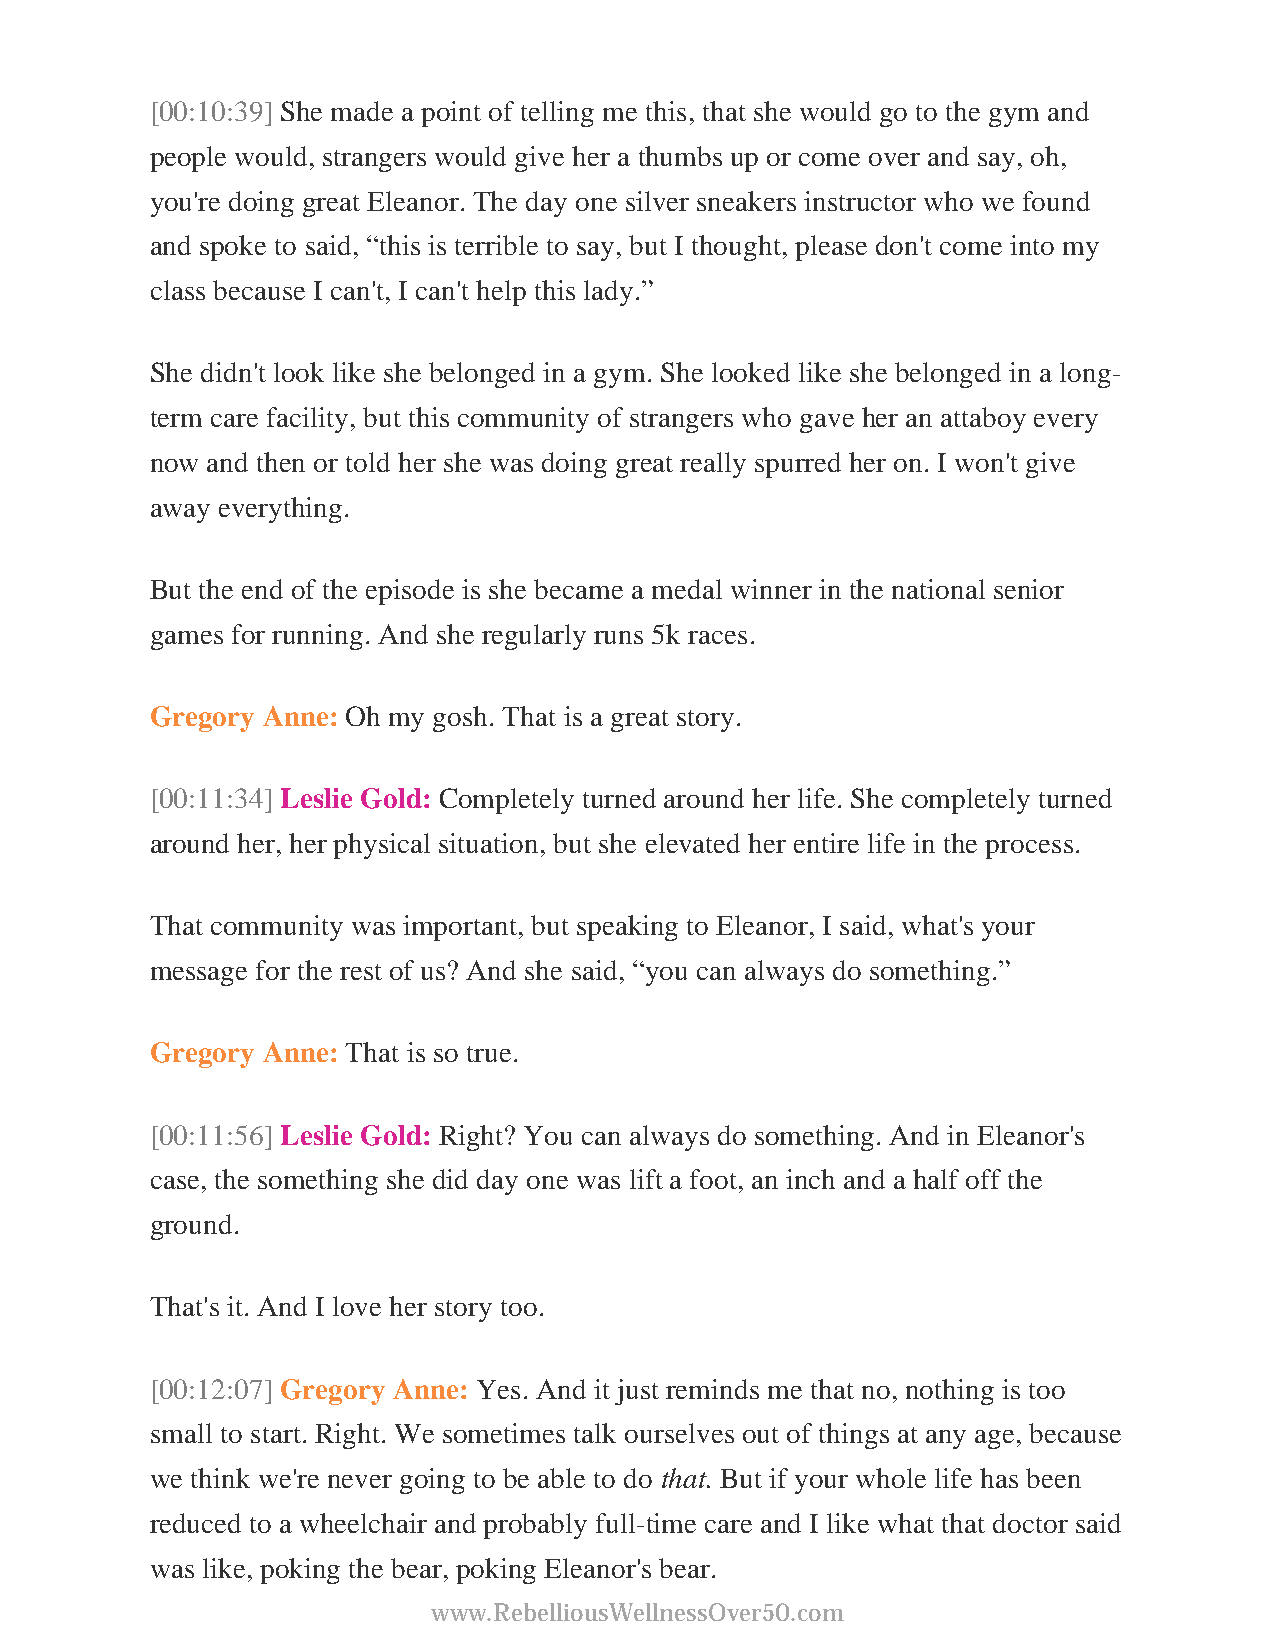
[00:10:39] She made a point of telling me this, that she would go to the gym and
 people would, strangers would give her a thumbs up or come over and say, oh,
 you're doing great Eleanor. The day one silver sneakers instructor who we found
 and spoke to said, “this is terrible to say, but I thought, please don't come into my
 class because I can't, I can't help this lady.”
 She didn't look like she belonged in a gym. She looked like she belonged in a long-
 term care facility, but this community of strangers who gave her an attaboy every
 now and then or told her she was doing great really spurred her on. I won't give
 away everything.
 But the end of the episode is she became a medal winner in the national senior
 games for running. And she regularly runs 5k races.
 Gregory Anne: Oh my gosh. That is a great story.
 [00:11:34] Leslie Gold: Completely turned around her life. She completely turned
 around her, her physical situation, but she elevated her entire life in the process.
 That community was important, but speaking to Eleanor, I said, what's your
 message for the rest of us? And she said, “you can always do something.”
 Gregory Anne: That is so true.
 [00:11:56] Leslie Gold: Right? You can always do something. And in Eleanor's
 case, the something she did day one was lift a foot, an inch and a half off the
 ground.
 That's it. And I love her story too.
 [00:12:07] Gregory Anne: Yes. And it just reminds me that no, nothing is too
 small to start. Right. We sometimes talk ourselves out of things at any age, because
 we think we're never going to be able to do that. But if your whole life has been
 reduced to a wheelchair and probably full-time care and I like what that doctor said
 was like, poking the bear, poking Eleanor's bear.
 www.RebelliousWellnessOver50.com